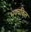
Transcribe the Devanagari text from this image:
भयचकित